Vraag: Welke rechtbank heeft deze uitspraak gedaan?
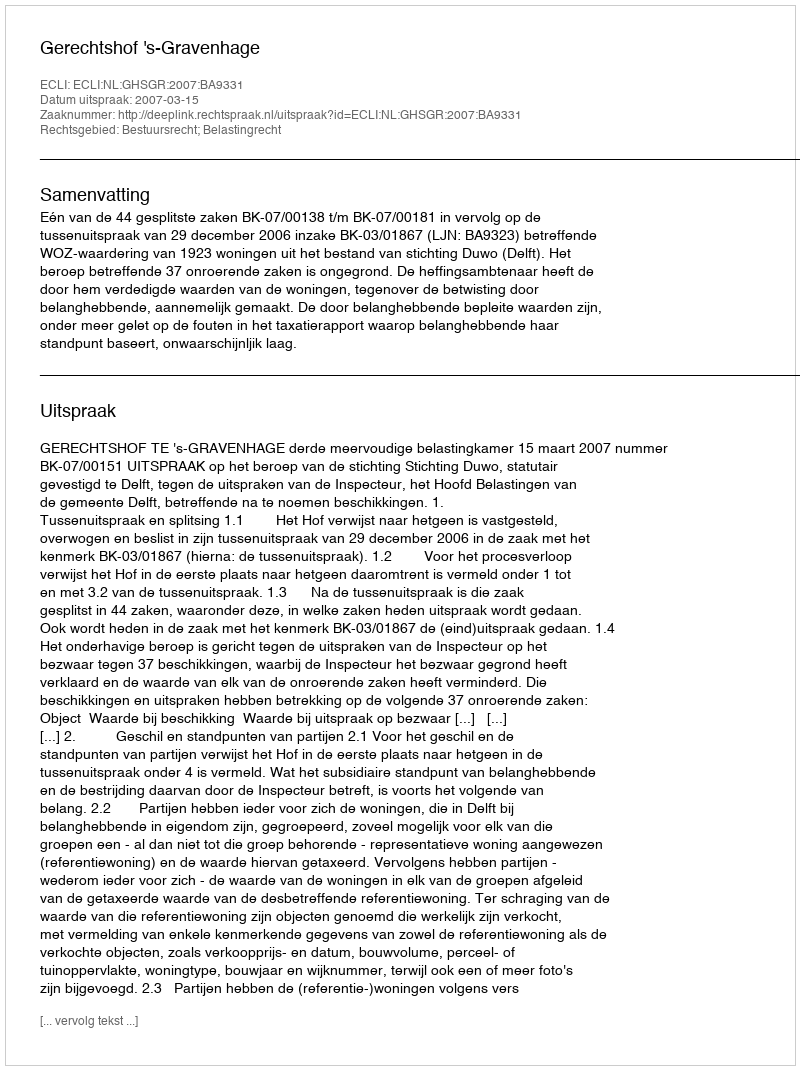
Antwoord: Gerechtshof 's-Gravenhage